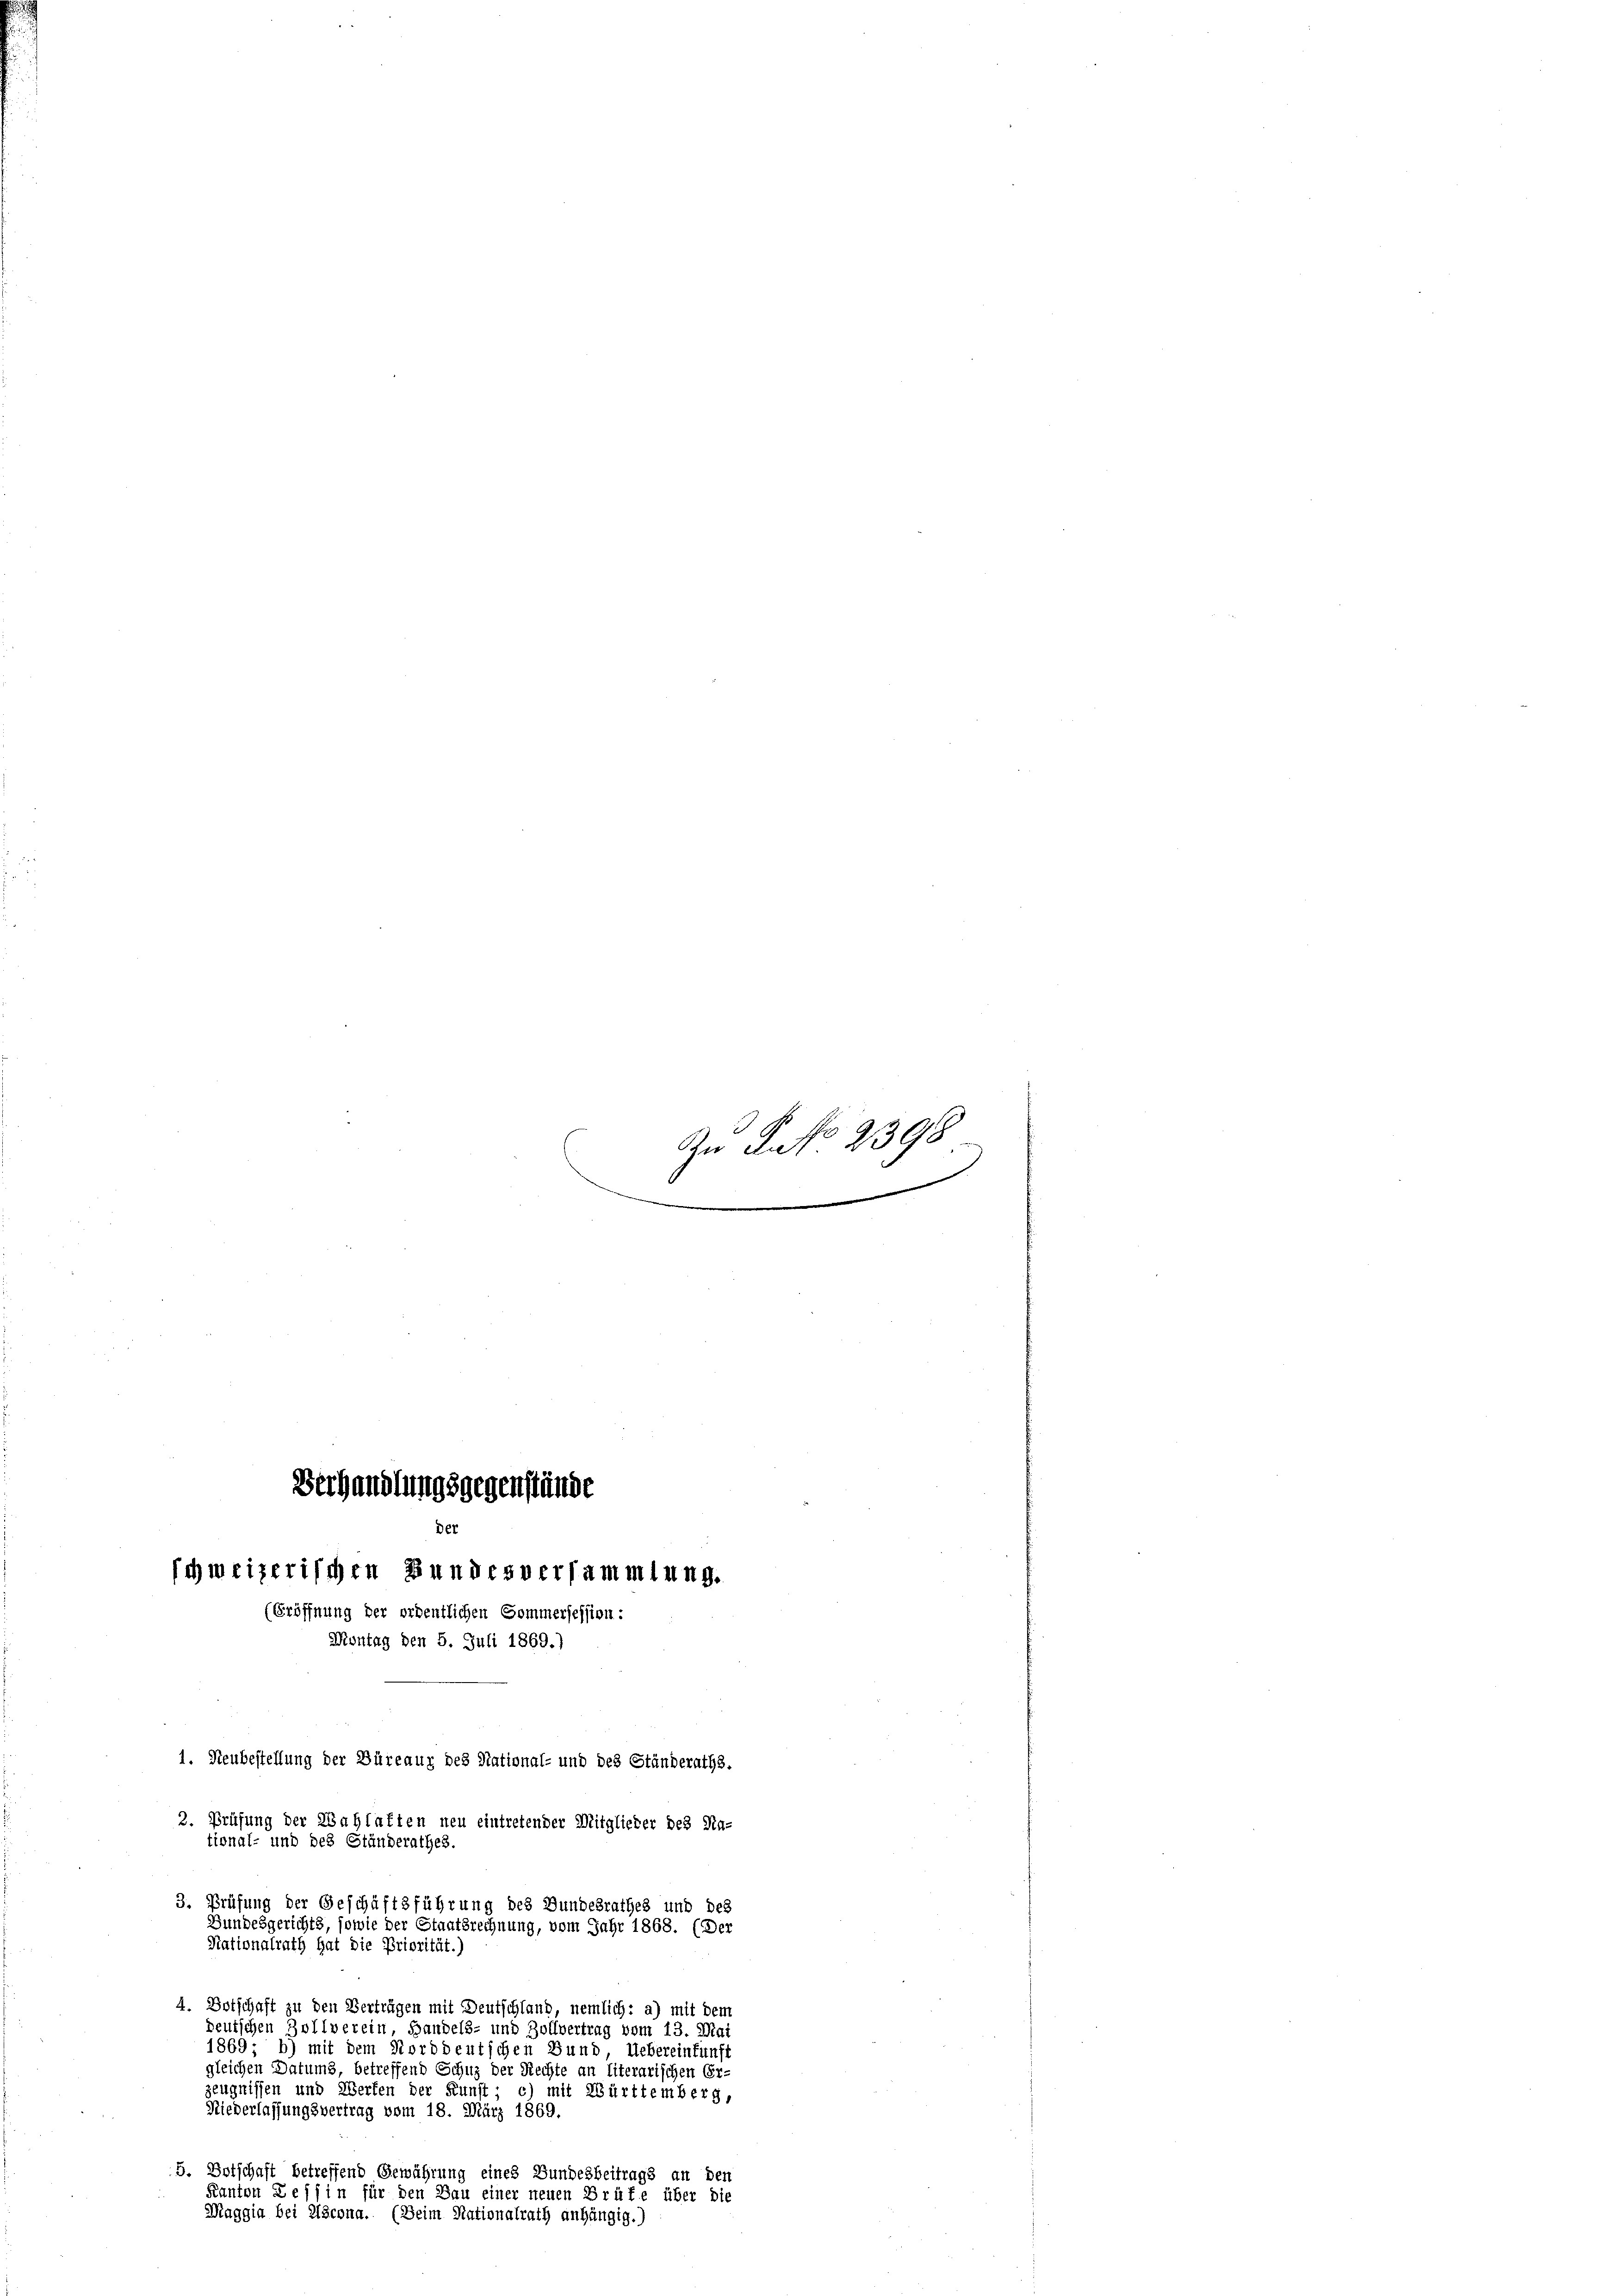
Verhandlungsgegenstände
Der
schweizerischen Bundesversammlung.
(Eröffnung der ordentlichen Sommersession:
Montag den 5. Juli 1869.)
1. Neubestellung der Büreaux des National- und des Ständeraths.
2. Prüfung der Wahlaften neu eintretender Mitglieder des Na-
tional- und des Ständerathes
3. Prüfung der Geschäftsführung des Bundesrathes und des
Bundesgerichts, sowie der Staatsrechnung, vom Jahr 1868. (Der
Nationalrath hat die Priorität.)

An Pato 2398
.
meinem |

4. Botschaft zu den Verträgen mit Deutschland, nemlich: a) mit dem
deutschen Zollverein, Handels- und Zollvertrag vom 13. Mai
1869; b) mit dem Norddeutschen Bund, Uebereinfunft
gleichen Datums, betreffend Schuz der Rechte an literarischen Er-
zeugnissen und Werfen der Kunst; c) mit Württemberg,
Niederlassungsvertrag vom 18. März 1869.
5. Botschaft betreffend Gewährung eines Bundesbeitrags an den
Kanton Zessin für den Bau einer neuen Brüfe über die

Maggia bei Discona. (Beim Nationalrath anhängig.